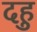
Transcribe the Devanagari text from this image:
दहु